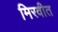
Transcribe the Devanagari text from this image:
मिरवीत